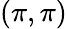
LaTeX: (\pi,\pi)